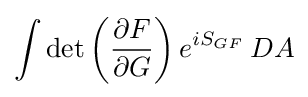
\int \det \left({\frac {\partial F}{\partial G}}\right)e^{iS_{GF}}\,DA